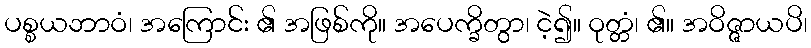
ပစ္စယဘာဝံ၊ အကြောင်း ၏ အဖြစ်ကို။ အပေက္ခိတွာ၊ ငဲ့၍။ ဝုတ္တံ၊ ၏။ အဝိဇ္ဇာယပိ၊